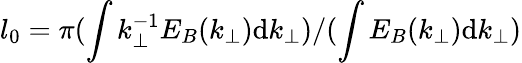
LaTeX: l_{0}=\pi(\int k_{\perp}^{-1}E_{B}(k_{\perp})\mathrm{d}k_{\perp})/(\int E_{B}(k_{\perp})\mathrm{d}k_{\perp})